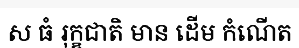
ស ធំ រុក្ខជាតិ មាន ដើម កំណើត